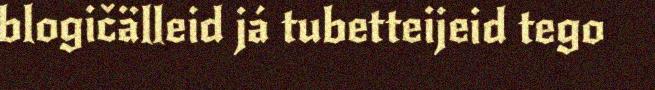
blogičälleid já tubetteijeid tego